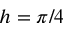
h = \pi / 4